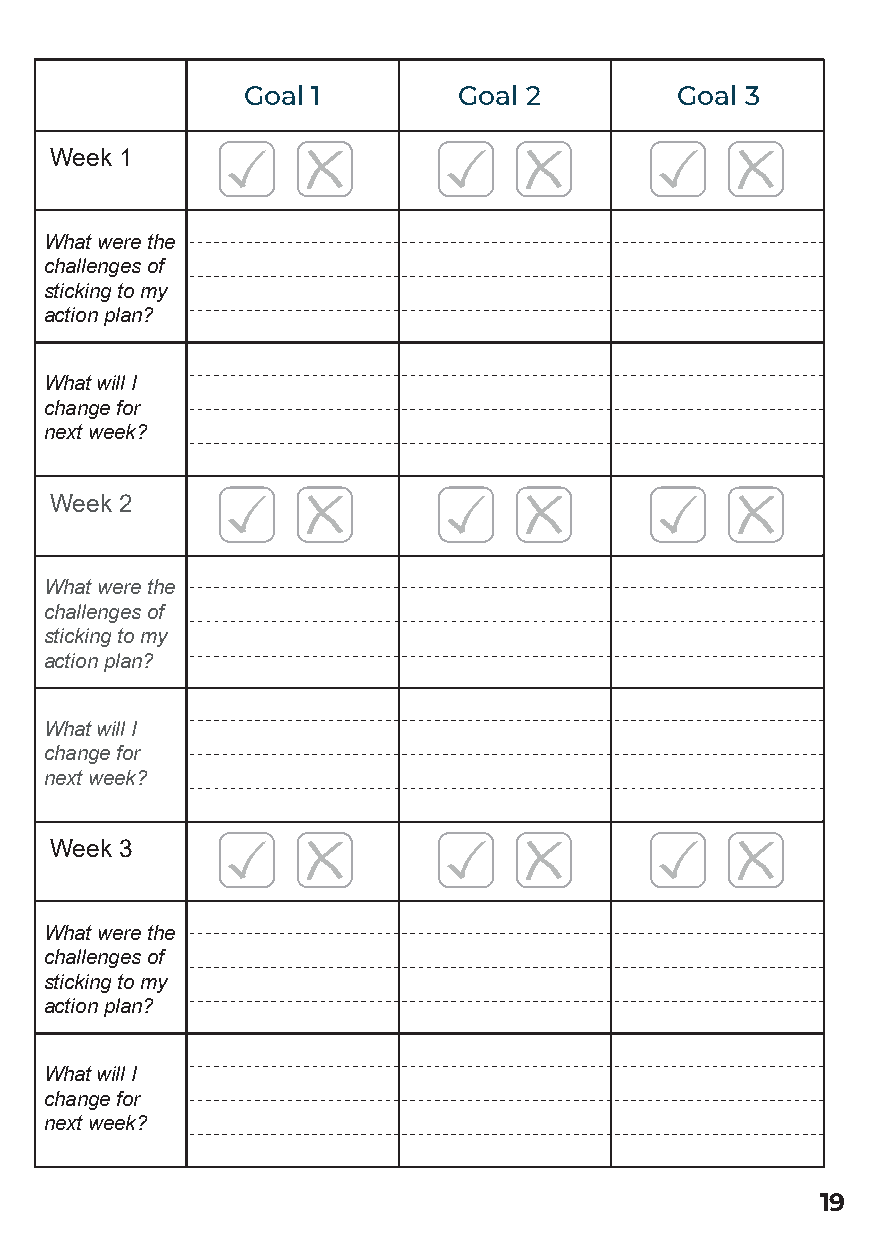
Goal 1        Goal 2         Goal 3
 Week 1
 What were the
 challenges of
 sticking to my
 action plan?
 What will I
 change for
 next week?
 Week 2
 What were the
 challenges of
 sticking to my
 action plan?
 What will I
 change for
 next week?
 Week 3
 What were the
 challenges of
 sticking to my
 action plan?
 What will I
 change for
 next week?
 19